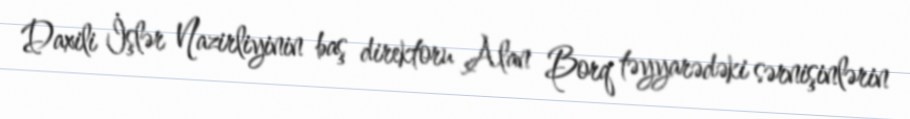
Daxili İşlər Nazirliyinin baş direktoru Alan Borq təyyarədəki sərnişinlərin